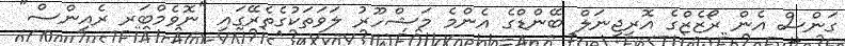
ގަންސް އެން ރޯޒެޒްގެ އޮރިޖިނަލް ބޭންޑްގެ އެންމެ މަޝްހޫރު ލަވަތަކުގެތެރޭގައި "ނޮވެމްބަރ ރެއިންސް"